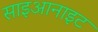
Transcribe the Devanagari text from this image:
साइआनाइट